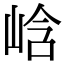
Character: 㟏